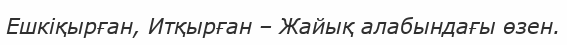
Ешкіқырған, Итқырған – Жайық алабындағы өзен.